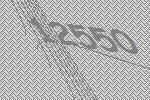
12550